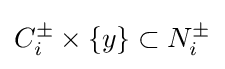
C_{i}^{\pm }\times \{y\}\subset N_{i}^{\pm }